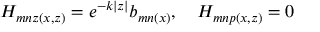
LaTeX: H _ { m n z ( x , z ) } = e ^ { - k | z | } b _ { m n ( x ) } , \quad H _ { m n p ( x , z ) } = 0